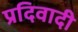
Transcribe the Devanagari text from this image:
प्रदिवादी